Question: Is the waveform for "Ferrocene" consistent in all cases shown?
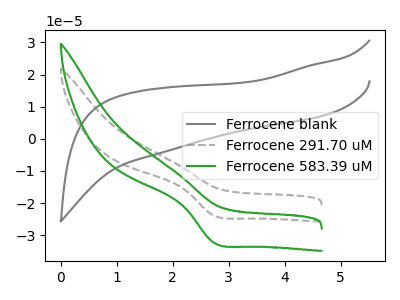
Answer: <think>The gray curve "Ferrocene blank" has no peaks. The gray dashed curve "Ferrocene 291.70 uM" has a cathodic peak at: (2.75V, -23.80uA). The green curve "Ferrocene 583.39 uM" has a cathodic peak at: (2.75V, -32.25uA).
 "Ferrocene blank" and "Ferrocene 291.70 uM" have a different number of peaks. "Ferrocene blank" and "Ferrocene 583.39 uM" have a different number of peaks. All the peaks in "Ferrocene 291.70 uM" have a peak in "Ferrocene 583.39 uM" at the same potential. Every peak in "Ferrocene 291.70 uM" is lower than every peak in "Ferrocene 583.39 uM".</think>
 <answer>All the CV's of "Ferrocene" have similar shape.</answer>
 <eval>follow_rule</eval>